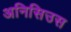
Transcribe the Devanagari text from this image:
अनिसिउस